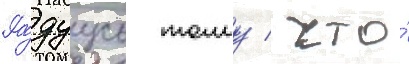
Ра́дуусь тому / что́